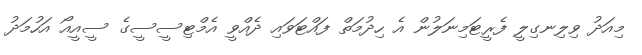
މިއަދު ވިލިނގިލީ ފެރީޓަމިނަލުން އެ ހިދުމަތް ފައްޓަވައި ދެއްވީ އެމްޓިސީސީގެ ސީއީއޯ އަހުމަދު